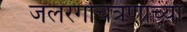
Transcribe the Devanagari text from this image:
जलरंगचित्रणाच्या